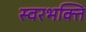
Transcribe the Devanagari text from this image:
स्वरभक्ति